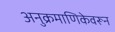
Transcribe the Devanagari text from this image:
अनुक्रमाणिकेवरून